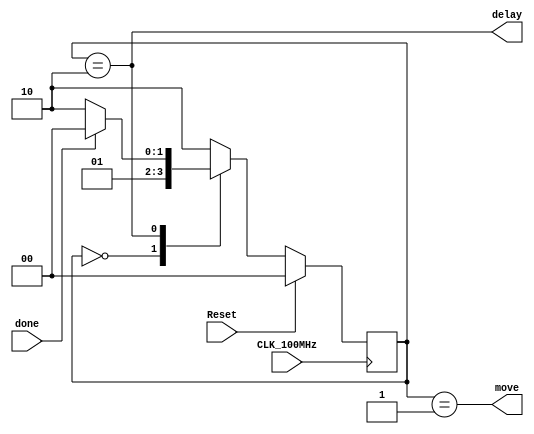
module BallStateMachine(move, delay, done, CLK_100MHz, Reset);
    output move, delay;
    input  done;
    input  CLK_100MHz, Reset;
    
    reg [1:0] state, nState;
    parameter SIDLE=2'b00, SMOVE=2'b01, SDELAY=2'b10;
    
    always @(posedge CLK_100MHz) begin
        if(Reset)
            state <= SIDLE;
        else
            state <= nState;
    end
    
    always @(state, done) begin
        case(state)
            SIDLE   : nState = SMOVE;
            SMOVE   : nState = SDELAY;
            SDELAY  : nState = done ? SIDLE : SDELAY;
            default : nState = SDELAY;
        endcase
    end
    
    assign move = (state == SMOVE);
    assign delay = (state == SDELAY);
endmodule